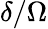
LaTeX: \delta/\Omega